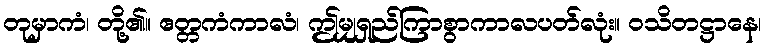
တုမှာကံ၊ တို့၏။ ဧတ္တကံကာလံ၊ ဤမျှရှည်ကြာစွာကာလပတ်လုံး။ ဝသိတဋ္ဌာနေ၊